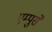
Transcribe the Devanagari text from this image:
एम्पुसे